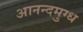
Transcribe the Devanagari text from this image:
आनन्दमुग्ध